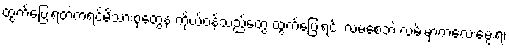
ထွက်ပြေးရတဲ့ကရင်မိသားစုတွေနဲ့ ကိုယ်ဝန်သည်တွေ ထွက်ပြေးရင်း လမစေ့ဘဲ လမ်းမှာကလေးမွေးရ၊